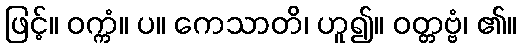
ဖြင့်။ ဝက္ကံ။ ပ။ ကေသာတိ၊ ဟူ၍။ ဝတ္တဗ္ဗံ၊ ၏။